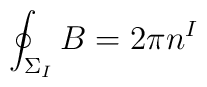
\oint_{\Sigma_I}B=2\pi{}n^{I}